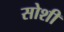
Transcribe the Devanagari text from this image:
सोशी